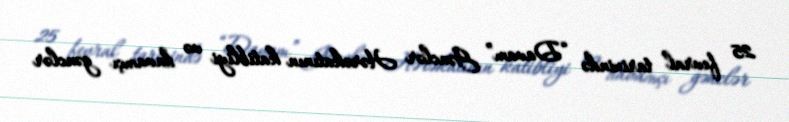
25 fevral tarixində “Davam” Gənclər Hərəkatının katibliyi və davamçı gənclər